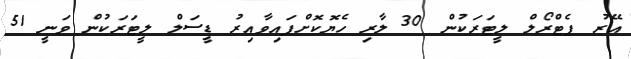
އޭރު ޕެޓްރޯލް ލީޓަރަކުން 30 ލާރި ހެޔޮކޮށްފައިވާއިރު ޑީސަލް ލީޓަރަކުން ވަނީ 51